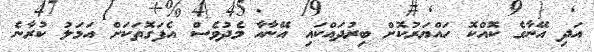
އަދި އޭނާގެ ކޮއްކޮ ހައްޔަރުކޮށް ބިރުދައްކައި އޭނާއާ މެދުވެސް އެފަގޮތަކަށް އަމަލު ކުރާނެ